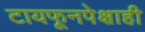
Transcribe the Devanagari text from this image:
टायफूनपेक्षाही